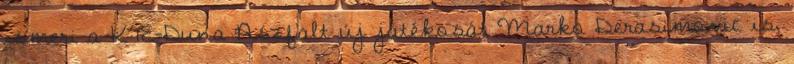
ismeri a KTE-Duna Aszfalt új játékosát Marko Derasimovic is,